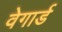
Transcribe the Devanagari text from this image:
वेगार्ड